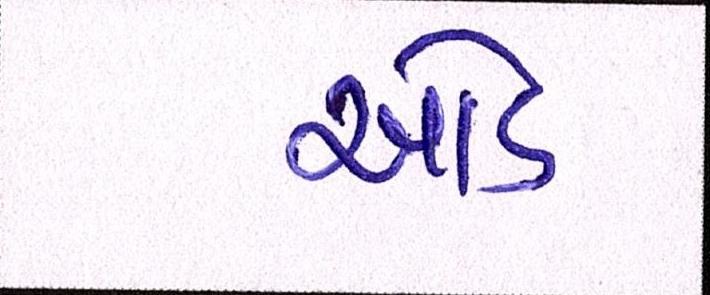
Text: ઓડ